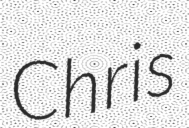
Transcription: Chris